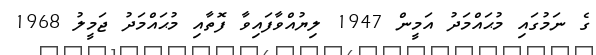
ގެ ނަމުގައި މުޙައްމަދު އަމީން 1947 ލިޔުއްވާފައިވާ ފޮތާއި މުޙައްމަދު ޖަމީލު 1968